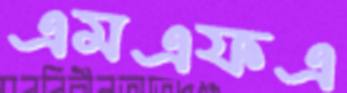
এমএফএ